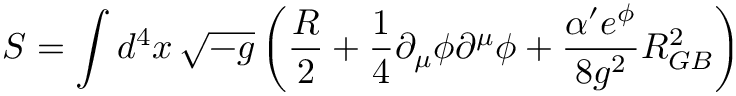
S = \int d ^ { 4 } x \, \sqrt { - g } \left( \frac { R } { 2 } + \frac { 1 } { 4 } \partial _ { \mu } \phi \partial ^ { \mu } \phi + \frac { \alpha ^ { \prime } e ^ { \phi } } { 8 g ^ { 2 } } { \cal R } _ { G B } ^ { 2 } \right)